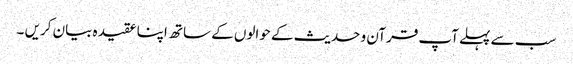
سب سے پہلے آپ قرآن و حدیث کے حوالوں کے ساتھ اپنا عقیدہ بیان کریں ۔